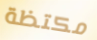
مكتظة